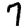
Digit: 7